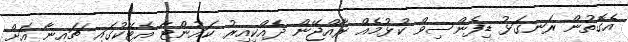
އެގޮތުން ރަނގަޅު ޑިފެންސިވް ކުޅުމެއް ރާއްޖޭން ދެއްކިިއިރު ކައުންޓާ އެޓޭކުގައި ޗައިނާ އަށް